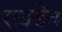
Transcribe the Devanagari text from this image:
राउडेन